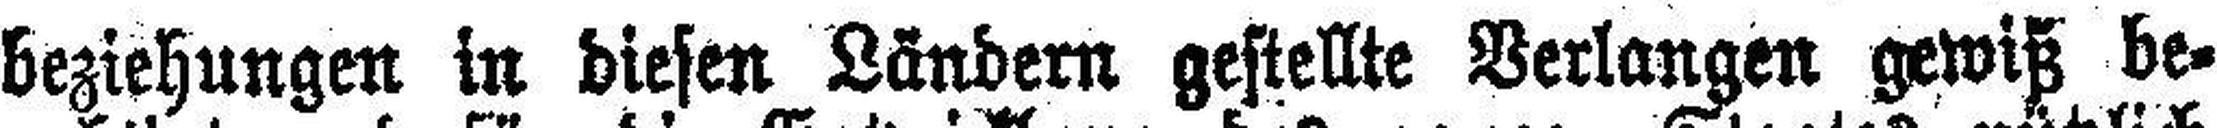
beziehungen in diesen Ländern gestellte Verlangen gewiß be¬